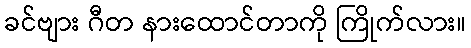
ခင်ဗျား ဂီတ နားထောင်တာကို ကြိုက်လား။